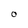
Character: O